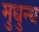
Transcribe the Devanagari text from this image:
मुधुन्थ